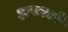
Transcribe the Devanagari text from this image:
झपकाने